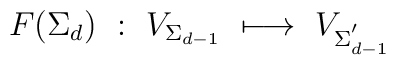
F (\Sigma_{d})\ :\  V_{\Sigma_{d-1}}\  \longmapsto\ V_{\Sigma_{d-1}^{'}}